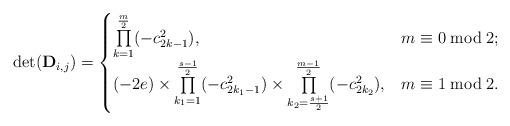
LaTeX: \begin{align*}\det(\mathbf{D}_{i,j})=\begin{cases}\prod\limits_{k=1}^{\frac{m}{2}} (-c_{2k-1}^{2}), & m\equiv 0\bmod 2;\\(-2e)\times \prod\limits_{k_{1}=1}^{\frac{s-1}{2}} (-c_{2k_{1}-1}^{2}) \times \prod\limits_{k_{2}=\frac{s+1}{2}}^{\frac{m-1}{2}} (-c_{2k_{2}}^{2}), & m\equiv 1\bmod 2.\end{cases}\end{align*}